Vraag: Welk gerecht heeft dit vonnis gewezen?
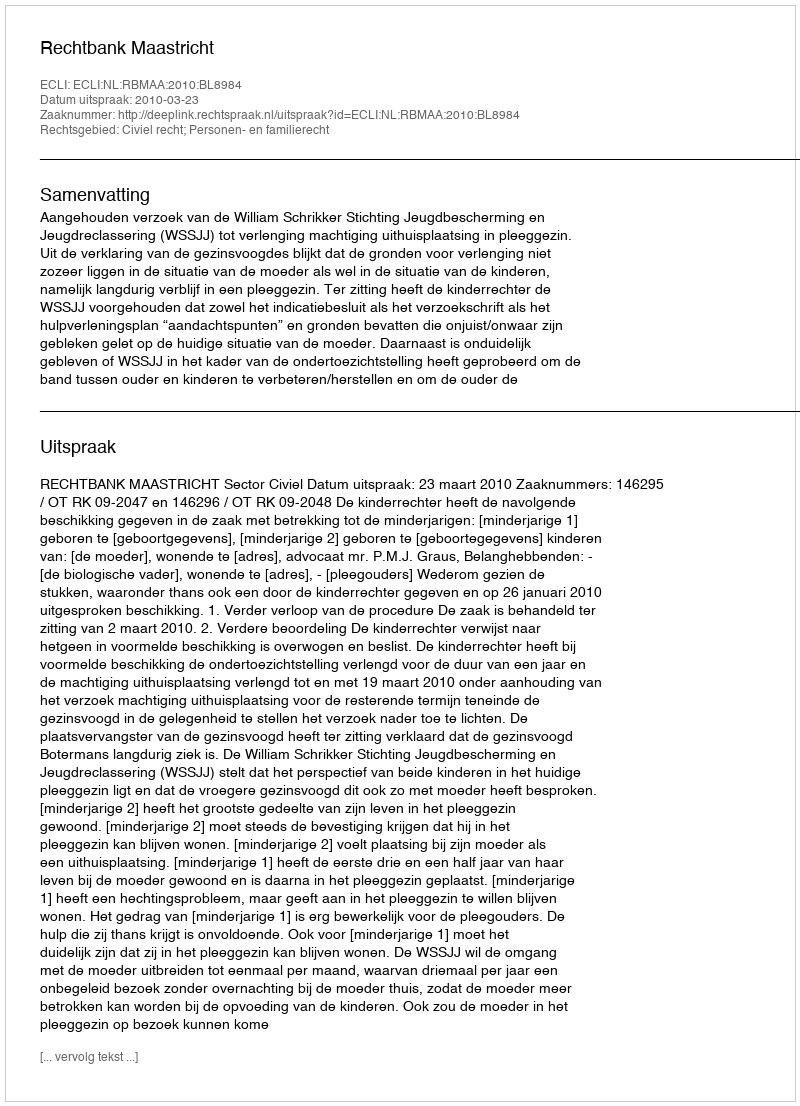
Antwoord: Rechtbank Maastricht